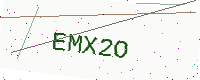
Text: EMX2O